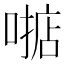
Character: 𫫓